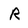
Character: R